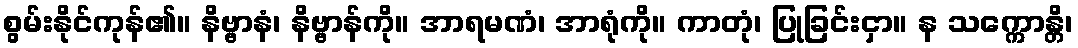
စွမ်းနိုင်ကုန်၏။ နိဗ္ဗာနံ၊ နိဗ္ဗာန်ကို။ အာရမဏံ၊ အာရုံကို။ ကာတုံ၊ ပြုခြင်းငှာ။ န သက္ကောန္တိ၊